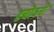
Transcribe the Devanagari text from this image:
डचोवनी